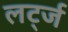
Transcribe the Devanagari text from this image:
लर्ट्ज